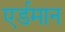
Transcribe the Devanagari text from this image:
एर्डमान